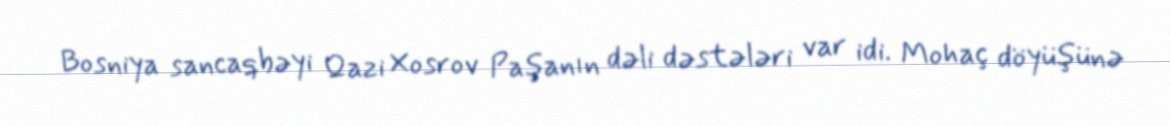
Bosniya sancaqbəyi Qazi Xosrov Paşanın dəli dəstələri var idi. Mohaç döyüşünə